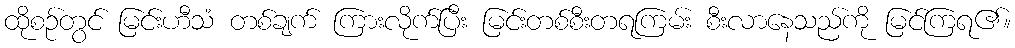
ထိုစဉ်တွင် မြင်းဟီသံ တစ်ချက် ကြားလိုက်ပြီး မြင်းတစ်စီးတရကြမ်း စီးလာနေသည်ကို မြင်ကြရ၏။